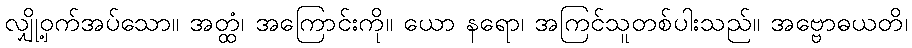
လျှို့ဝှက်အပ်သော။ အတ္ထံ၊ အကြောင်းကို။ ယော နရော၊ အကြင်သူတစ်ပါးသည်။ အဗ္ဗောဓယတိ၊